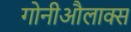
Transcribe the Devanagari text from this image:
गोनीऔलाक्स